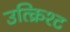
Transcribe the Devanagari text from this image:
उत्क्रिश्ट